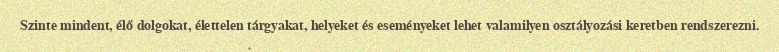
Szinte mindent, élő dolgokat, élettelen tárgyakat, helyeket és eseményeket lehet valamilyen osztályozási keretben rendszerezni.